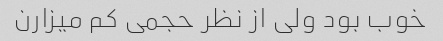
خوب بود ولی از نظر حجمی کم میزارن